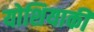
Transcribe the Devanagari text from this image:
योशियाकी